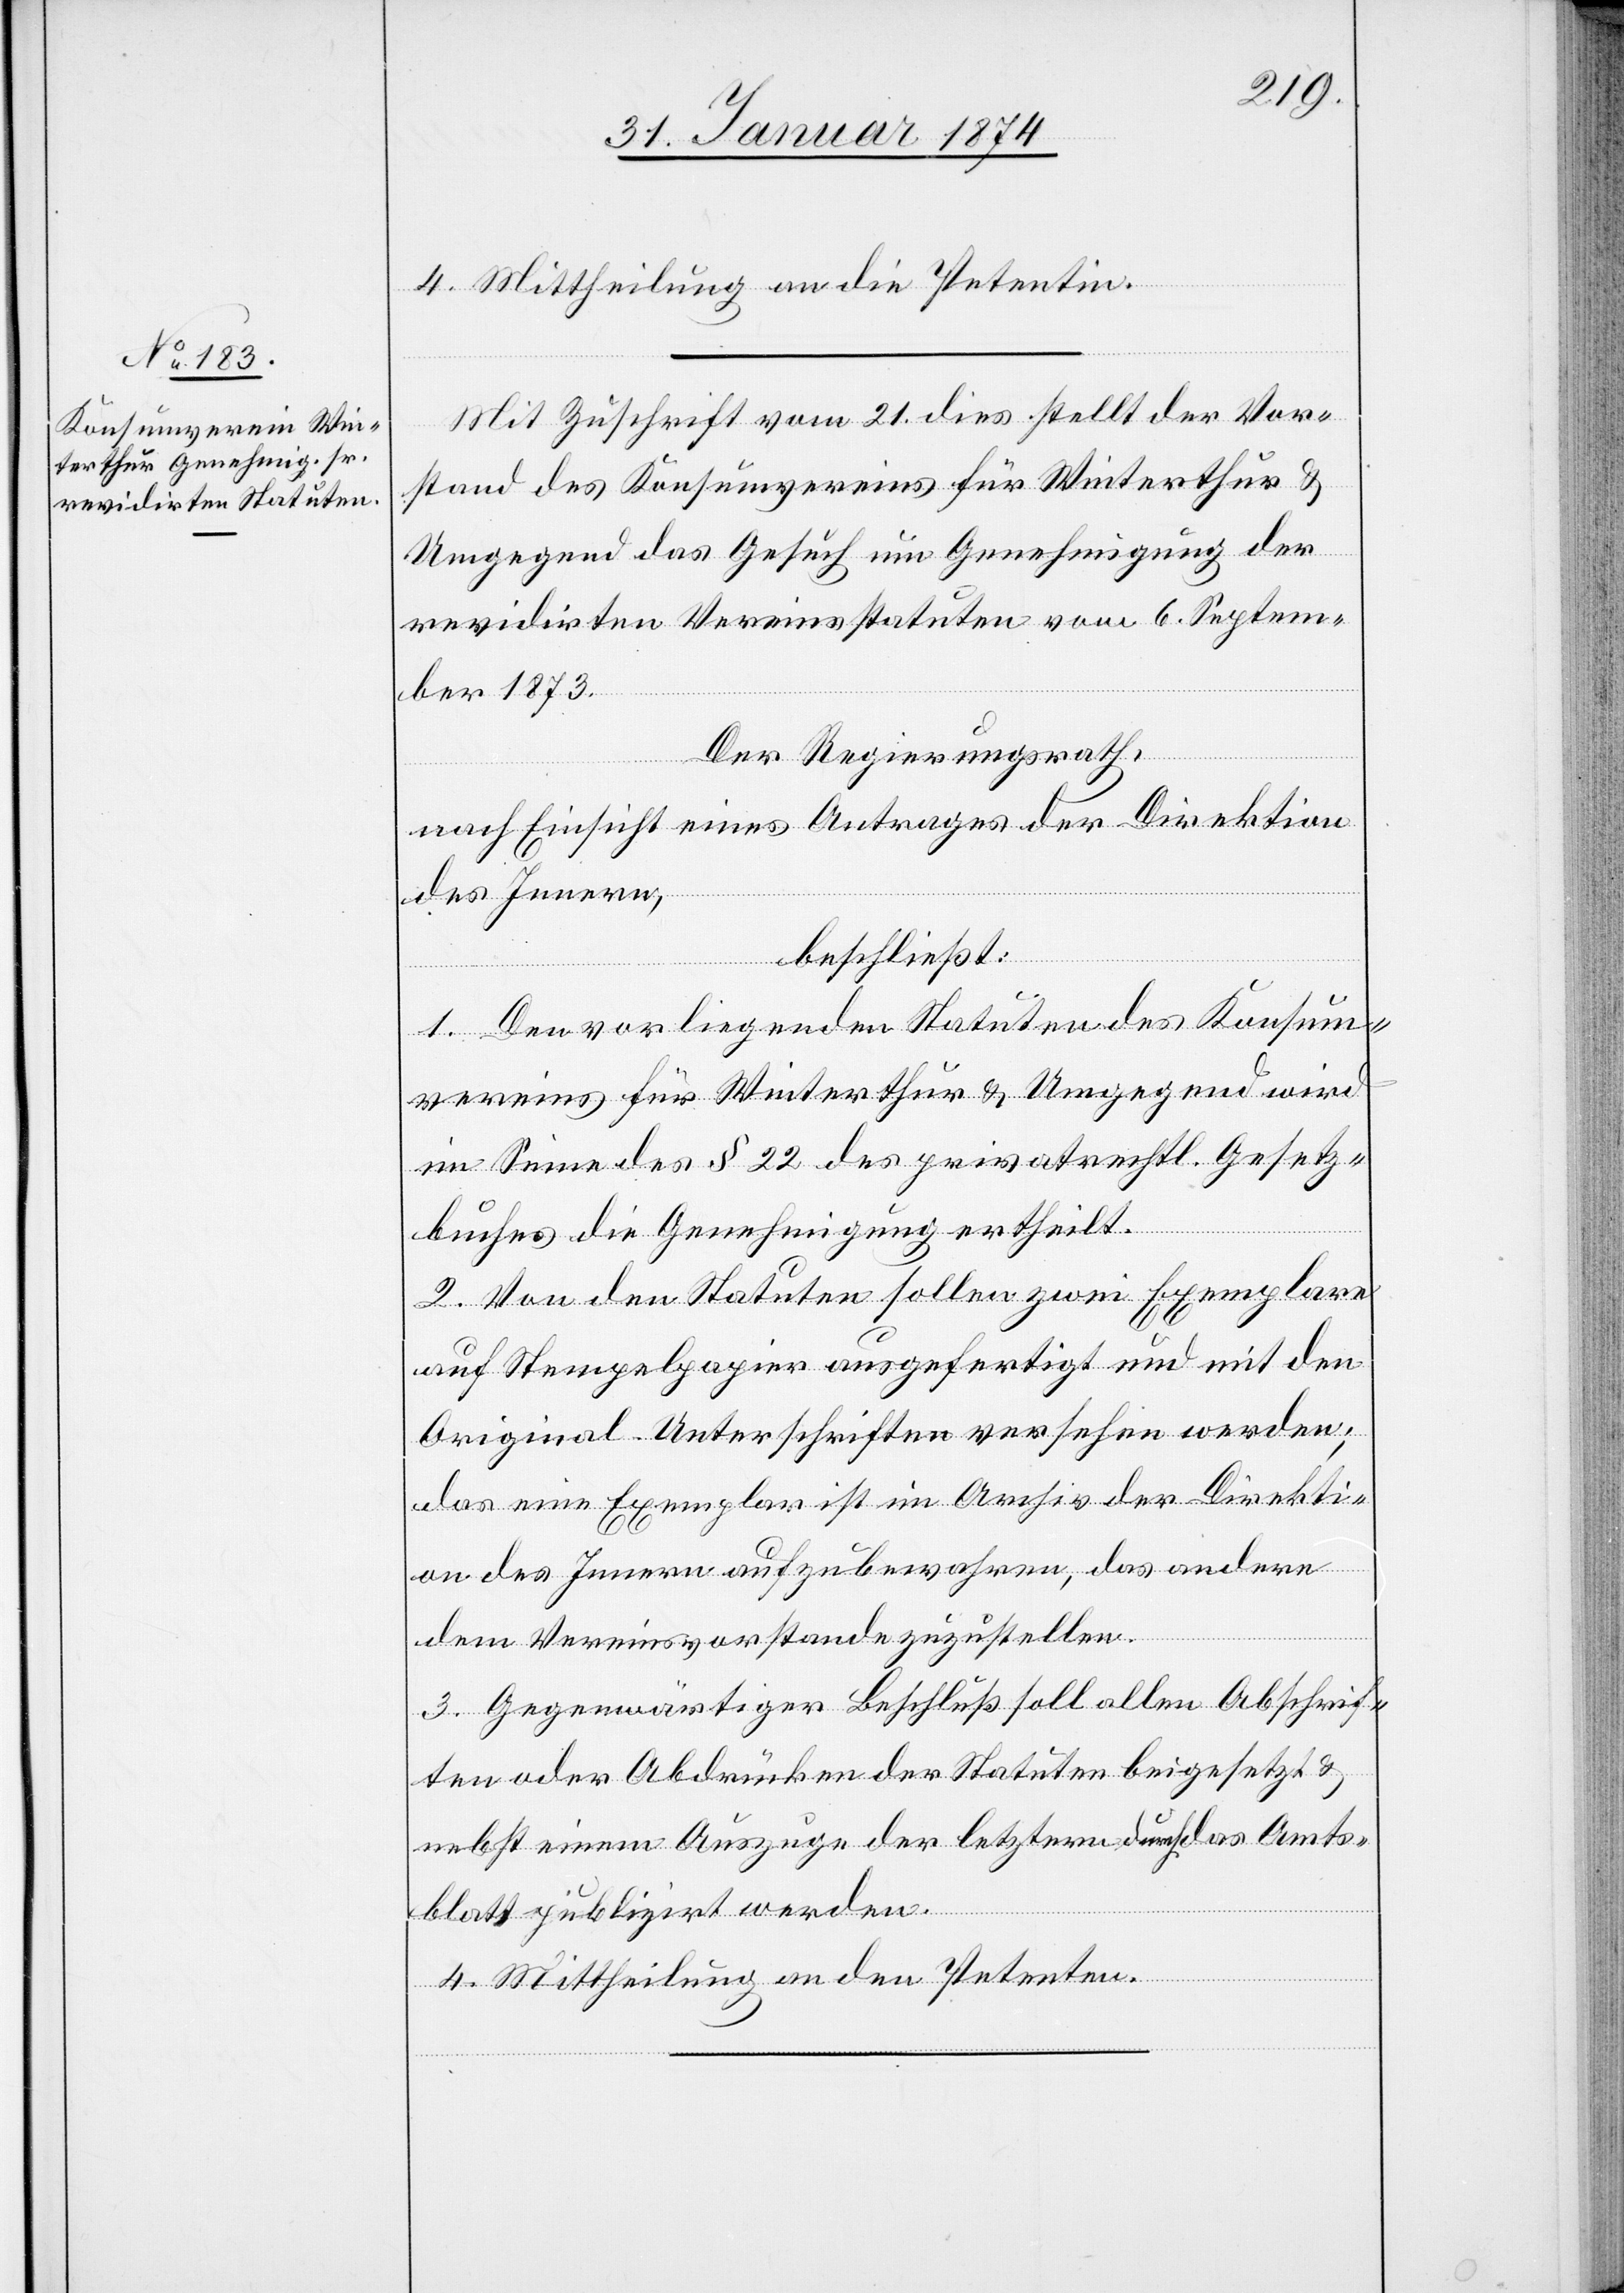
4. Mittheilung an die Petentin.
Mit Zuschrift vom 21. dies stellt der Vor¬
stand des Konsumvereins für Winterthur &
Umgegend das Gesuch um Genehmigung der
revidirten Vereinsstatuten vom 6. Septem¬
ber 1873.
Der Regierungsrath,
nach Einsicht eines Antrages der Direktion
des Innern,
beschließt:
1. Den vorliegenden Statuten des Konsum¬
vereins für Winterthur & Umgegend wird
im Sinne des § 22 des privatrechtl. Gesetz¬
buches die Genehmigung ertheilt.
2. Von den Statuten sollen zwei Exemplare
auf Stempelpapier ausgefertigt und mit den
Original-Unterschriften versehen werden;
das eine Exemplar ist im Archiv der Direkti¬
on des Innern aufzubewahren, das andere
dem Vereinsvorstande zuzustellen.
3. Gegenwärtiger Beschluß soll allen Abschrif¬
ten oder Abdrucken der Statuen beigesetzt &
nebst einem Auszuge der letztern durch das Amts¬
blatt publizirt werden.
4. Mittheilung an den Petenten.